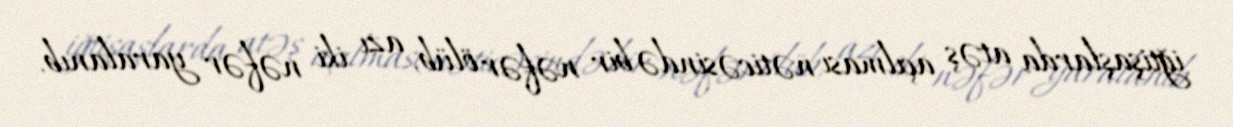
iğtişaşlarda atəş açılması nəticəsində bir nəfər ölüb, azı iki nəfər yaralanıb.